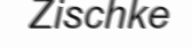
Zischke